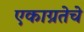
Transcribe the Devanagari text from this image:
एकाग्रतेचे